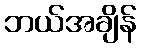
ဘယ်အချိန်